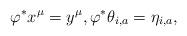
LaTeX: \begin{align*}\varphi^*x^{\mu} = y^{\mu},\varphi^*\theta_{i,a} = \eta_{i,a},\end{align*}